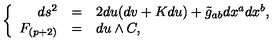
\left\{ \begin{array} { r c l } { d s ^ { 2 } } & { = } & { 2 d u ( d v + K d u ) + \tilde { g } _ { a b } d x ^ { a } d x ^ { b } , } \\ { F _ { ( p + 2 ) } } & { = } & { d u \land C , } \\ \end{array} \right.